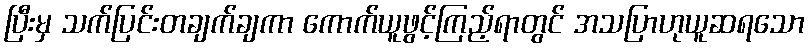
ပြီးမှ သက်ပြင်းတချက်ချကာ ကောက်ယူဖွင့်ကြည့်ရာတွင် အသပြာဟုယူဆရသော